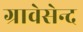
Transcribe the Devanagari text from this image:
ग्रावेसेन्द